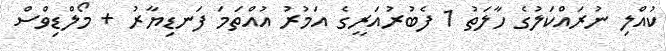
ކުއްލި ނުރައްކަލުގެ ހާލަތު 1 ފެބުރުއަރީގެ އަމުރު އުއްތަމަ ފަނޑިޔާރު + މޯލްޑިވްސް